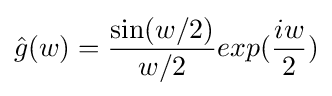
{\hat {g}}(w)={\frac {\sin(w/2)}{w/2}}exp({\frac {iw}{2}})